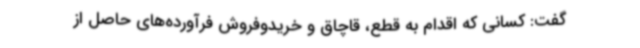
گفت: کسانی که اقدام به قطع، قاچاق و خریدوفروش فرآورده‌های حاصل از